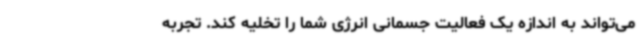
می‌تواند به اندازه یک فعالیت جسمانی انرژی شما را تخلیه کند. تجربه